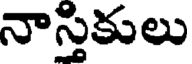
నాస్తికులు